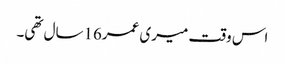
اس وقت میری عمر16سال تھی۔